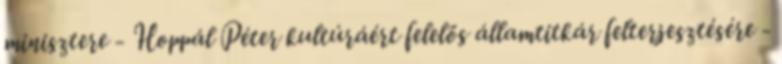
minisztere - Hoppál Péter kultúráért felelős államtitkár felterjesztésére -